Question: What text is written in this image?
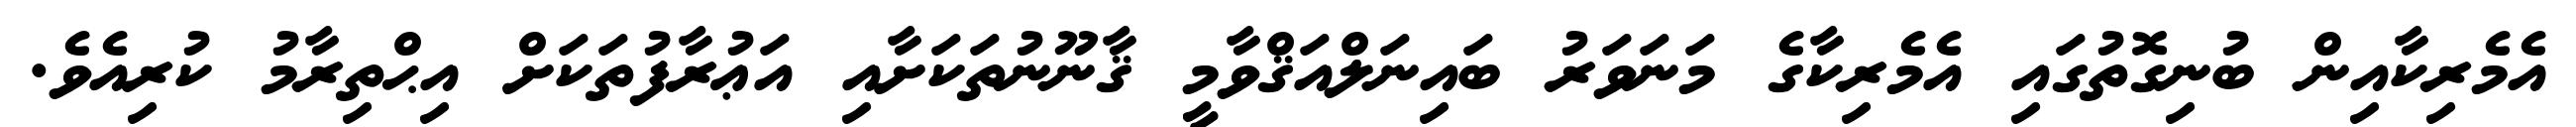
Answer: އެމެރިކާއިން ބުނިގޮތުގައި އެމެރިކާގެ މަނަވަރު ބައިނަލްއަޤްވާމީ ޤާނޫނުތަކަށާއި އަޢުރާފުތަކަށް އިޙްތިރާމު ކުރިއެވެ.